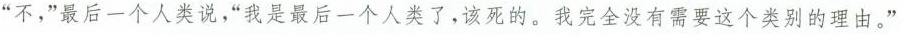
“不，”最后一个人类说，“我是最后一个人类了，该死的。我完全没有需要这个类别的理由。”